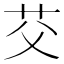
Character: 𫇫